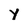
Character: y